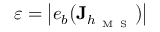
\varepsilon = \big | e _ { b } \big ( \mathbf { J } _ { h _ { \mathrm { ~ M ~ S ~ } } } \big ) \big |